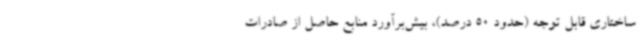
ساختاری قابل توجه (حدود 50 درصد)، بیش‌برآورد منابع حاصل از صادرات